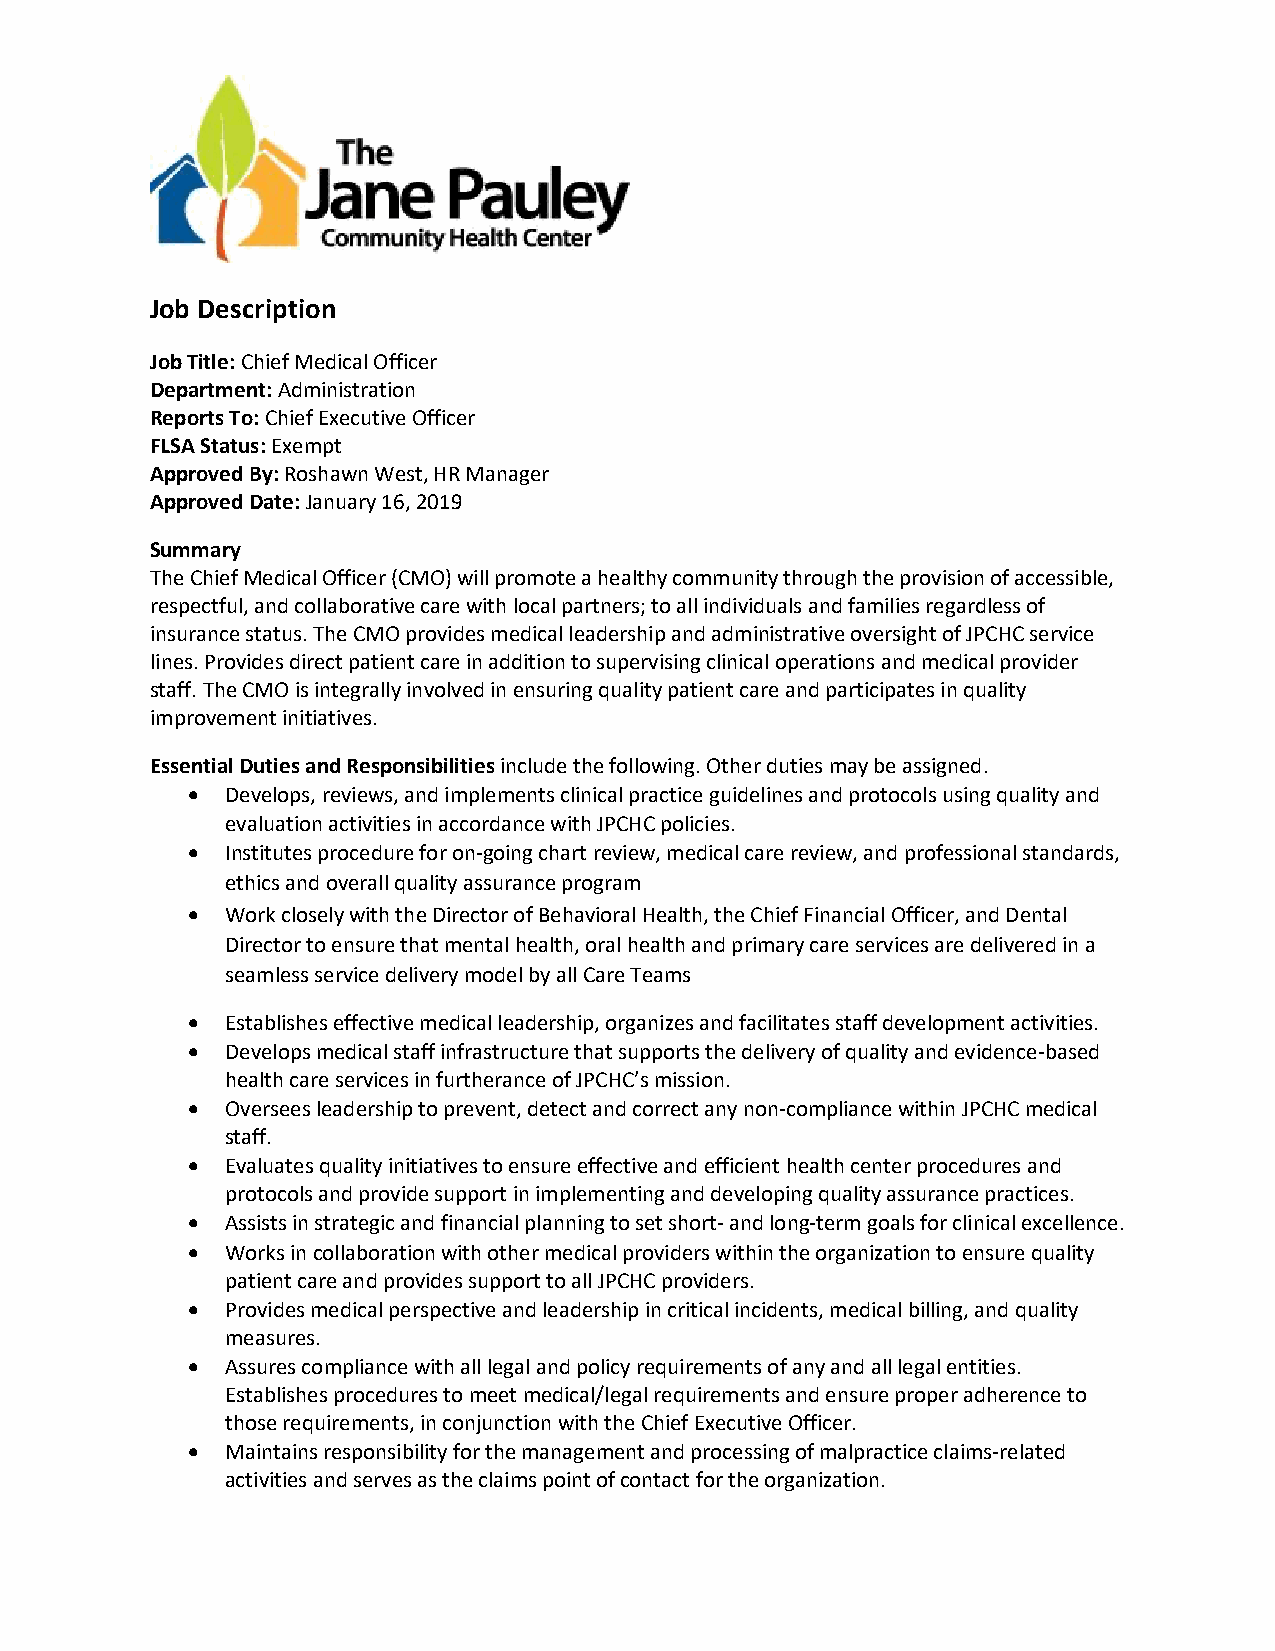
Job Description
 Job Title: Chief Medical Officer
 Department: Administration
 Reports To: Chief Executive Officer
 FLSA Status: Exempt
 Approved By: Roshawn West, HR Manager
 Approved Date: January 16, 2019
 Summary
 The Chief Medical Officer (CMO) will promote a healthy community through the provision of accessible,
 respectful, and collaborative care with local partners; to all individuals and families regardless of
 insurance status. The CMO provides medical leadership and administrative oversight of JPCHC service
 lines. Provides direct patient care in addition to supervising clinical operations and medical provider
 staff. The CMO is integrally involved in ensuring quality patient care and participates in quality
 improvement initiatives.
 Essential Duties and Responsibilities include the following. Other duties may be assigned.
 •  Develops, reviews, and implements clinical practice guidelines and protocols using quality and
 evaluation activities in accordance with JPCHC policies.
 •  Institutes procedure for on-going chart review, medical care review, and professional standards,
 ethics and overall quality assurance program
 •  Work closely with the Director of Behavioral Health, the Chief Financial Officer, and Dental
 Director to ensure that mental health, oral health and primary care services are delivered in a
 seamless service delivery model by all Care Teams
 •  Establishes effective medical leadership, organizes and facilitates staff development activities.
 •  Develops medical staff infrastructure that supports the delivery of quality and evidence-based
 health care services in furtherance of JPCHC’s mission.
 •  Oversees leadership to prevent, detect and correct any non-compliance within JPCHC medical
 staff.
 •  Evaluates quality initiatives to ensure effective and efficient health center procedures and
 protocols and provide support in implementing and developing quality assurance practices.
 •  Assists in strategic and financial planning to set short- and long-term goals for clinical excellence.
 •  Works in collaboration with other medical providers within the organization to ensure quality
 patient care and provides support to all JPCHC providers.
 •  Provides medical perspective and leadership in critical incidents, medical billing, and quality
 measures.
 •  Assures compliance with all legal and policy requirements of any and all legal entities.
 Establishes procedures to meet medical/legal requirements and ensure proper adherence to
 those requirements, in conjunction with the Chief Executive Officer.
 •  Maintains responsibility for the management and processing of malpractice claims-related
 activities and serves as the claims point of contact for the organization.